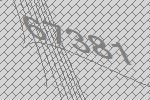
67381